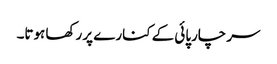
سر چارپائی کے کنارے پر رکھا ہوتا۔